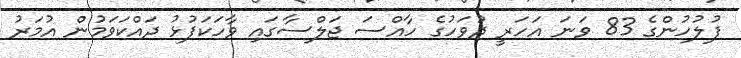
ފުލުހުންގެ 83 ވަނަ އަހަރީ ދުވަހުގެ ހާއްސަ ޖަލްސާގައި ވާހަކަފުޅު ދައްކަވަމުން އުމަރު